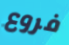
فروع